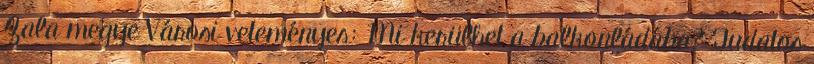
Zala megye Városi veteményes: Mi kerülhet a balkonládába? Tudatos